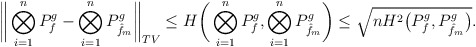
\begin{align*} \bigg\|\bigotimes_{i=1}^n P_f^g-\bigotimes_{i=1}^n P_{\hat f_m}^g\bigg\|_{TV}&\leq H\bigg(\bigotimes_{i=1}^n P_f^g,\bigotimes_{i=1}^n P_{\hat f_m}^g\bigg) \leq\sqrt{n H^2\big(P_{f}^g,P_{\hat f_m}^g\big)}.\end{align*}